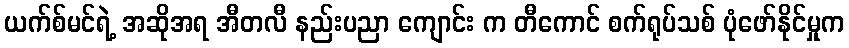
ယက်စ်မင်ရဲ့ အဆိုအရ အီတလီ နည်းပညာ ကျောင်း က တီကောင် စက်ရုပ်သစ် ပုံဖော်နိုင်မှုက